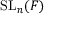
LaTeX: \mathrm { S L } _ { n } ( F )